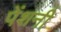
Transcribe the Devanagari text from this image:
पेंशनी